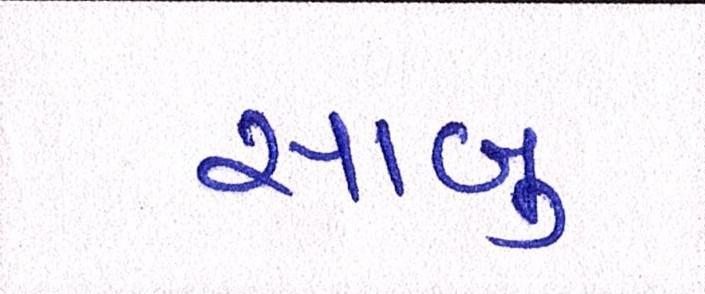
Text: સાબુ